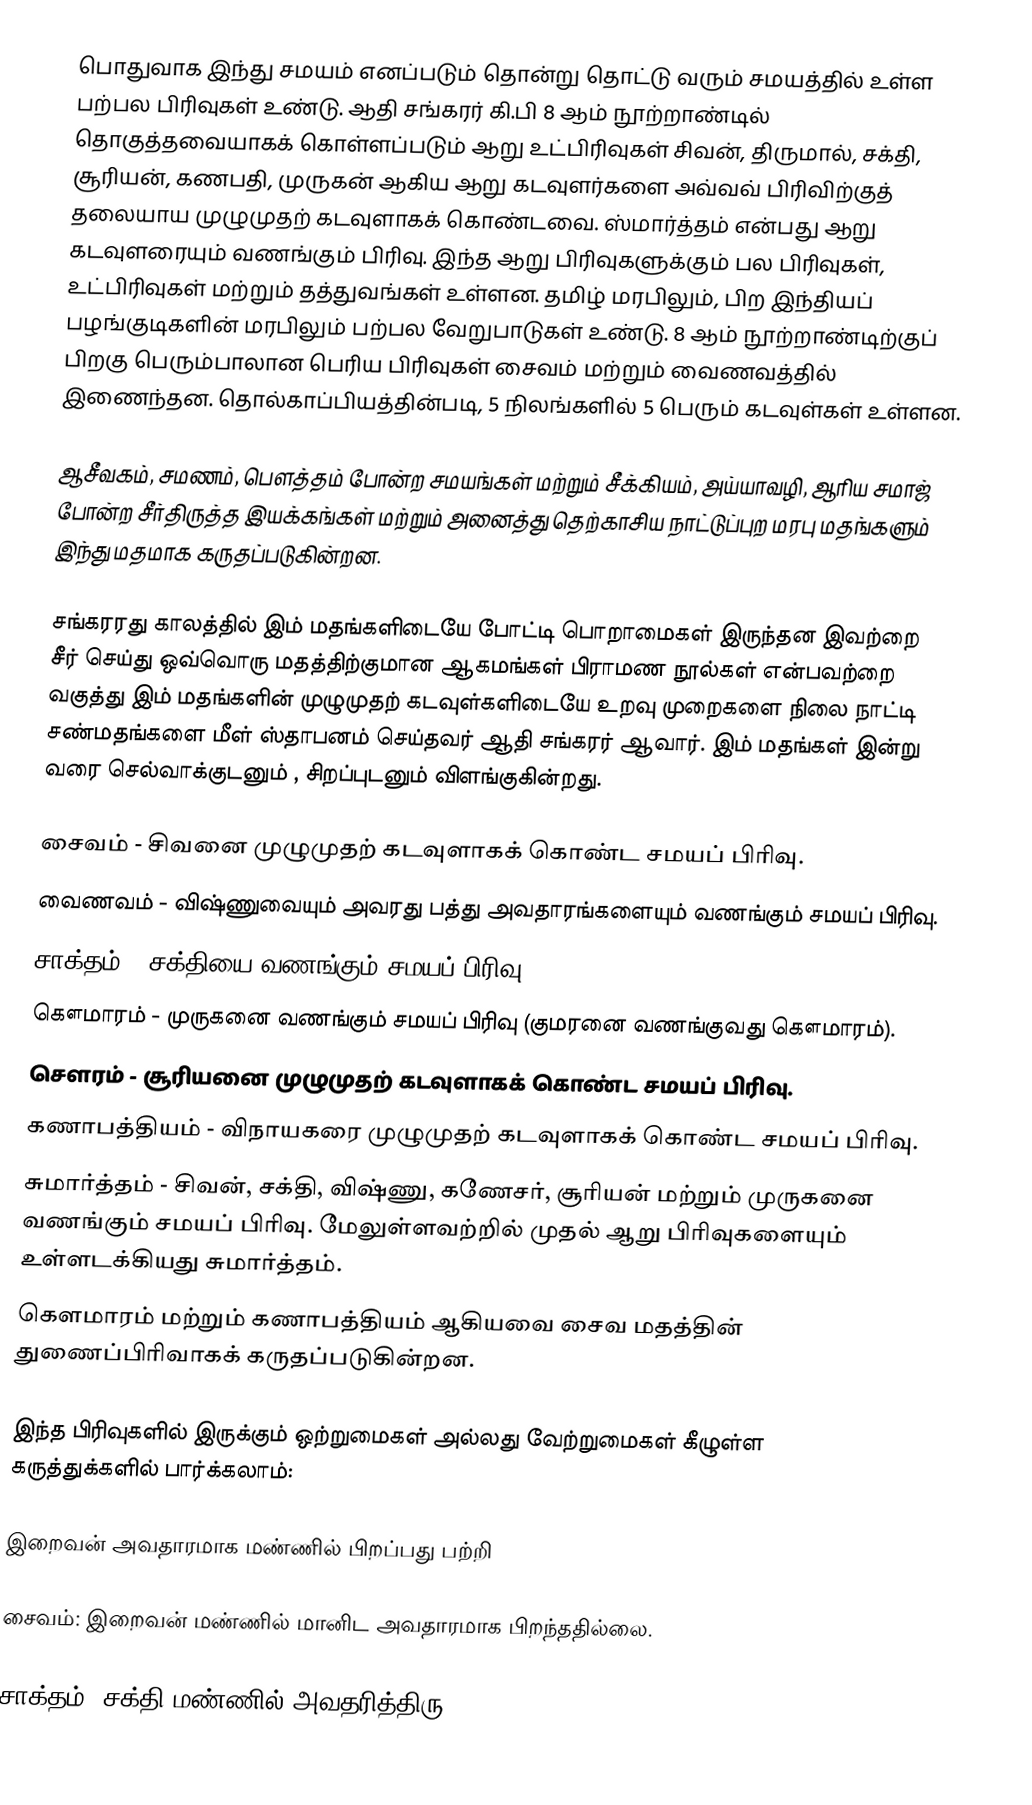
பொதுவாக இந்து சமயம் எனப்படும் தொன்று தொட்டு வரும் சமயத்தில் உள்ள பற்பல பிரிவுகள் உண்டு. ஆதி சங்கரர் கி.பி 8 ஆம் நூற்றாண்டில் தொகுத்தவையாகக் கொள்ளப்படும் ஆறு உட்பிரிவுகள் சிவன், திருமால், சக்தி, சூரியன், கணபதி, முருகன் ஆகிய ஆறு கடவுளர்களை அவ்வவ் பிரிவிற்குத் தலையாய முழுமுதற் கடவுளாகக் கொண்டவை. ஸ்மார்த்தம் என்பது ஆறு கடவுளரையும் வணங்கும் பிரிவு. இந்த ஆறு பிரிவுகளுக்கும் பல பிரிவுகள், உட்பிரிவுகள் மற்றும் தத்துவங்கள் உள்ளன. தமிழ் மரபிலும், பிற இந்தியப் பழங்குடிகளின் மரபிலும் பற்பல வேறுபாடுகள் உண்டு. 8 ஆம் நூற்றாண்டிற்குப் பிறகு பெரும்பாலான பெரிய பிரிவுகள் சைவம் மற்றும் வைணவத்தில் இணைந்தன. தொல்காப்பியத்தின்படி, 5 நிலங்களில் 5 பெரும் கடவுள்கள் உள்ளன.

ஆசீவகம், சமணம், பௌத்தம் போன்ற சமயங்கள் மற்றும் சீக்கியம், அய்யாவழி, ஆரிய சமாஜ் போன்ற சீர்திருத்த இயக்கங்கள் மற்றும் அனைத்து தெற்காசிய நாட்டுப்புற மரபு மதங்களும் இந்து மதமாக கருதப்படுகின்றன.

சங்கரரது காலத்தில் இம் மதங்களிடையே போட்டி பொறாமைகள் இருந்தன இவற்றை சீர் செய்து ஒவ்வொரு மதத்திற்குமான ஆகமங்கள் பிராமண நூல்கள் என்பவற்றை வகுத்து இம் மதங்களின் முழுமுதற் கடவுள்களிடையே உறவு முறைகளை நிலை நாட்டி சண்மதங்களை மீள் ஸ்தாபனம் செய்தவர் ஆதி சங்கரர் ஆவார். இம் மதங்கள் இன்று வரை செல்வாக்குடனும் , சிறப்புடனும் விளங்குகின்றது.

 சைவம் - சிவனை முழுமுதற் கடவுளாகக் கொண்ட சமயப் பிரிவு.
 வைணவம் - விஷ்ணுவையும் அவரது பத்து அவதாரங்களையும் வணங்கும் சமயப் பிரிவு.
 சாக்தம் - சக்தியை வணங்கும் சமயப் பிரிவு.
 கௌமாரம் - முருகனை வணங்கும் சமயப் பிரிவு (குமரனை வணங்குவது கௌமாரம்).
 சௌரம் - சூரியனை முழுமுதற் கடவுளாகக் கொண்ட சமயப் பிரிவு.
 கணாபத்தியம் - விநாயகரை முழுமுதற் கடவுளாகக் கொண்ட சமயப் பிரிவு.
 சுமார்த்தம் - சிவன், சக்தி, விஷ்ணு, கணேசர், சூரியன் மற்றும் முருகனை வணங்கும் சமயப் பிரிவு. மேலுள்ளவற்றில் முதல் ஆறு பிரிவுகளையும் உள்ளடக்கியது சுமார்த்தம்.
கௌமாரம் மற்றும் கணாபத்தியம் ஆகியவை சைவ மதத்தின் துணைப்பிரிவாகக் கருதப்படுகின்றன.

இந்த பிரிவுகளில் இருக்கும் ஒற்றுமைகள் அல்லது வேற்றுமைகள் கீழுள்ள கருத்துக்களில் பார்க்கலாம்:

இறைவன் அவதாரமாக மண்ணில் பிறப்பது பற்றி

 சைவம்: இறைவன் மண்ணில் மானிட அவதாரமாக பிறந்ததில்லை.

 சாக்தம்: சக்தி மண்ணில் அவதரித்திரு